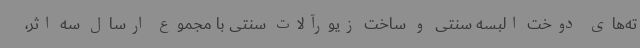
ته‌های دوخت البسه سنتی و ساخت زیورآلات سنتی با مجموع ارسال سه اثر،